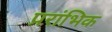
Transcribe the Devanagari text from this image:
प्ररांभिक